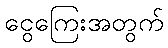
ငွေကြေးအတွက်